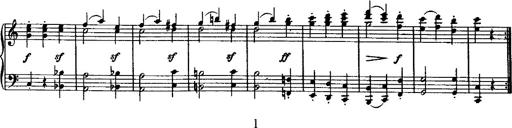
Title: Variation Ã¼ber einen Walzer von Diabelli
Composer: Franz Liszt